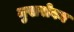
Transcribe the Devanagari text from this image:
मुखसेवन